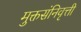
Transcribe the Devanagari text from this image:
मुक्तसंनिवृत्ती